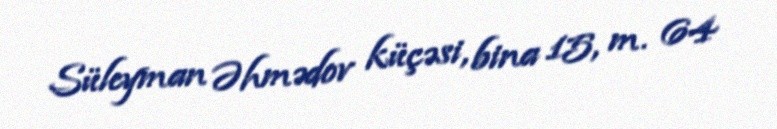
Süleyman Əhmədov küçəsi, bina 15, m. 64